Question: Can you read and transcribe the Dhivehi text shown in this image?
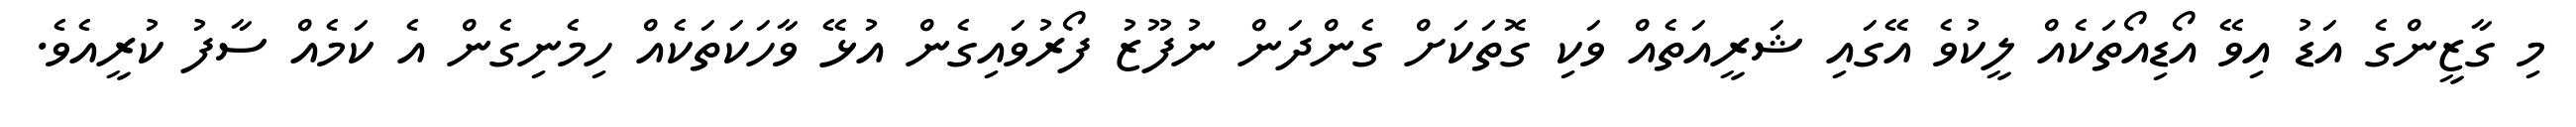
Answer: މި ގާޒީންގެ އަޑު އިވޭ އޯޑިއޯތަކެއް ލީކުވެ އޭގައި ޝަރީއަތެއް ވަކި ގޮތަކަށް ގެންދަން ނުފޫޒު ފޯރުވައިގެން އުޅޭ ވާހަކަތަކެއް ހިމެނިގެން އެ ކަމެއް ސާފު ކުރީއެވެ.